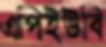
এপিইউবি